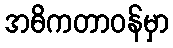
အဓိကတာဝန်မှာ